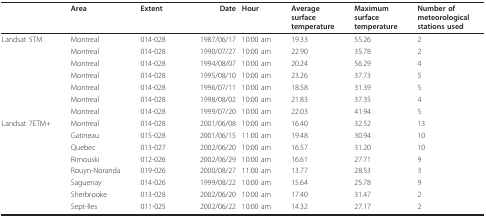
<table><thead><tr><td></td><td><b>Area</b></td><td><b>Extent</b></td><td><b>Date</b></td><td><b>Hour</b></td><td><b>Averagesurfacetemperature</b></td><td><b>Maximumsurfacetemperature</b></td><td><b>Number ofmeteorologicalstations used</b></td></tr></thead><tbody><tr><td>Landsat 5TM</td><td>Montreal</td><td>014-028</td><td>1987/06/17</td><td>10:00 am</td><td>19.33</td><td>55.26</td><td>2</td></tr><tr><td></td><td>Montreal</td><td>014-028</td><td>1990/07/27</td><td>10:00 am</td><td>22.90</td><td>35.78</td><td>2</td></tr><tr><td></td><td>Montreal</td><td>014-028</td><td>1994/08/07</td><td>10:00 am</td><td>20.24</td><td>56.29</td><td>4</td></tr><tr><td></td><td>Montreal</td><td>014-028</td><td>1995/08/10</td><td>10:00 am</td><td>23.26</td><td>37.73</td><td>5</td></tr><tr><td></td><td>Montreal</td><td>014-028</td><td>1996/07/11</td><td>10:00 am</td><td>18.58</td><td>31.39</td><td>5</td></tr><tr><td></td><td>Montreal</td><td>014-028</td><td>1998/08/02</td><td>10:00 am</td><td>21.83</td><td>37.35</td><td>4</td></tr><tr><td></td><td>Montreal</td><td>014-028</td><td>1999/07/20</td><td>10:00 am</td><td>22.03</td><td>41.94</td><td>5</td></tr><tr><td>Landsat 7ETM+</td><td>Montreal</td><td>014-028</td><td>2001/06/08</td><td>10:00 am</td><td>16.40</td><td>32.52</td><td>13</td></tr><tr><td></td><td>Gatineau</td><td>015-028</td><td>2001/06/15</td><td>11:00 am</td><td>19.48</td><td>30.94</td><td>10</td></tr><tr><td></td><td>Quebec</td><td>013-027</td><td>2002/06/20</td><td>10:00 am</td><td>16.57</td><td>31.20</td><td>10</td></tr><tr><td></td><td>Rimouski</td><td>012-026</td><td>2002/06/29</td><td>10:00 am</td><td>16.61</td><td>27.71</td><td>9</td></tr><tr><td></td><td>Rouyn-Noranda</td><td>019-026</td><td>2000/08/27</td><td>11:00 am</td><td>13.77</td><td>28.53</td><td>3</td></tr><tr><td></td><td>Saguenay</td><td>014-026</td><td>1999/08/22</td><td>10:00 am</td><td>15.64</td><td>25.78</td><td>9</td></tr><tr><td></td><td>Sherbrooke</td><td>013-028</td><td>2002/06/20</td><td>10:00 am</td><td>17.40</td><td>31.47</td><td>2</td></tr><tr><td></td><td>Sept-Iles</td><td>011-025</td><td>2002/06/22</td><td>10:00 am</td><td>14.32</td><td>27.17</td><td>2</td></tr></tbody></table>